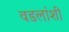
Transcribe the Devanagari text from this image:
वडलांशी